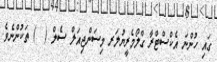
ގައި ހުންނަ އެކްސްޓްރާ ގްލޯމެރީޔުލަރ މިސަންޖިއަލް ސެލް (  ) ތަކުންނެވެ.